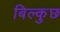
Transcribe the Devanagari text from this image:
बिल्कुछ